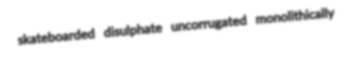
skateboarded disulphate uncorrugated monolithically